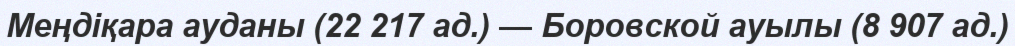
Меңдіқара ауданы (22 217 ад.) — Боровской ауылы (8 907 ад.)